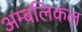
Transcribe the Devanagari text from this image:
अम्बलिकल